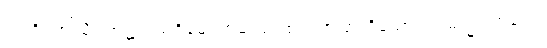
ဣတိ၊ ဤသို့။ အဋ္ဌာရသဝိဓေ၊ တဆယ့်ရှစ်ပါးအပြားရှိသော။ ဣမသ္မိံ ကာယေ၊